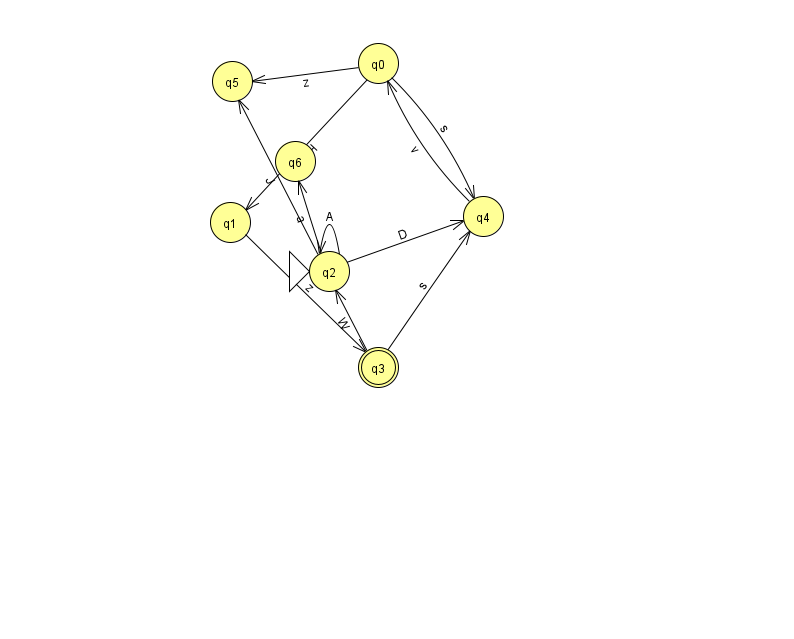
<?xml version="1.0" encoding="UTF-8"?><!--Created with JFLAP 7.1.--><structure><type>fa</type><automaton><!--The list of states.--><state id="0" name="q0"><x>378.0</x><y>50.0</y></state><state id="1" name="q1"><x>230.0</x><y>209.0</y></state><state id="2" name="q2"><x>329.0</x><y>258.0</y><initial/></state><state id="3" name="q3"><x>378.0</x><y>354.0</y><final/></state><state id="4" name="q4"><x>483.0</x><y>203.0</y></state><state id="5" name="q5"><x>232.0</x><y>68.0</y></state><state id="6" name="q6"><x>295.0</x><y>148.0</y></state><!--The list of transitions.--><transition><from>2</from><to>2</to><read>A</read></transition><transition><from>3</from><to>2</to><read>W</read></transition><transition><from>0</from><to>5</to><read>z</read></transition><transition><from>4</from><to>0</to><read>v</read></transition><transition><from>0</from><to>1</to><read>H</read></transition><transition><from>1</from><to>3</to><read>z</read></transition><transition><from>2</from><to>5</to><read>J</read></transition><transition><from>0</from><to>4</to><read>s</read></transition><transition><from>2</from><to>6</to><read>a</read></transition><transition><from>3</from><to>4</to><read>s</read></transition><transition><from>2</from><to>4</to><read>D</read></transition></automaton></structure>